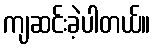
ကျဆင်းခဲ့ပါတယ်။